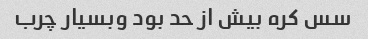
سس کره بیش از حد بود وبسیار چرب